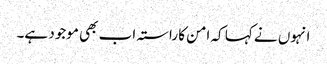
انہوں نے کہا کہ امن کا راستہ اب بھی موجود ہے۔